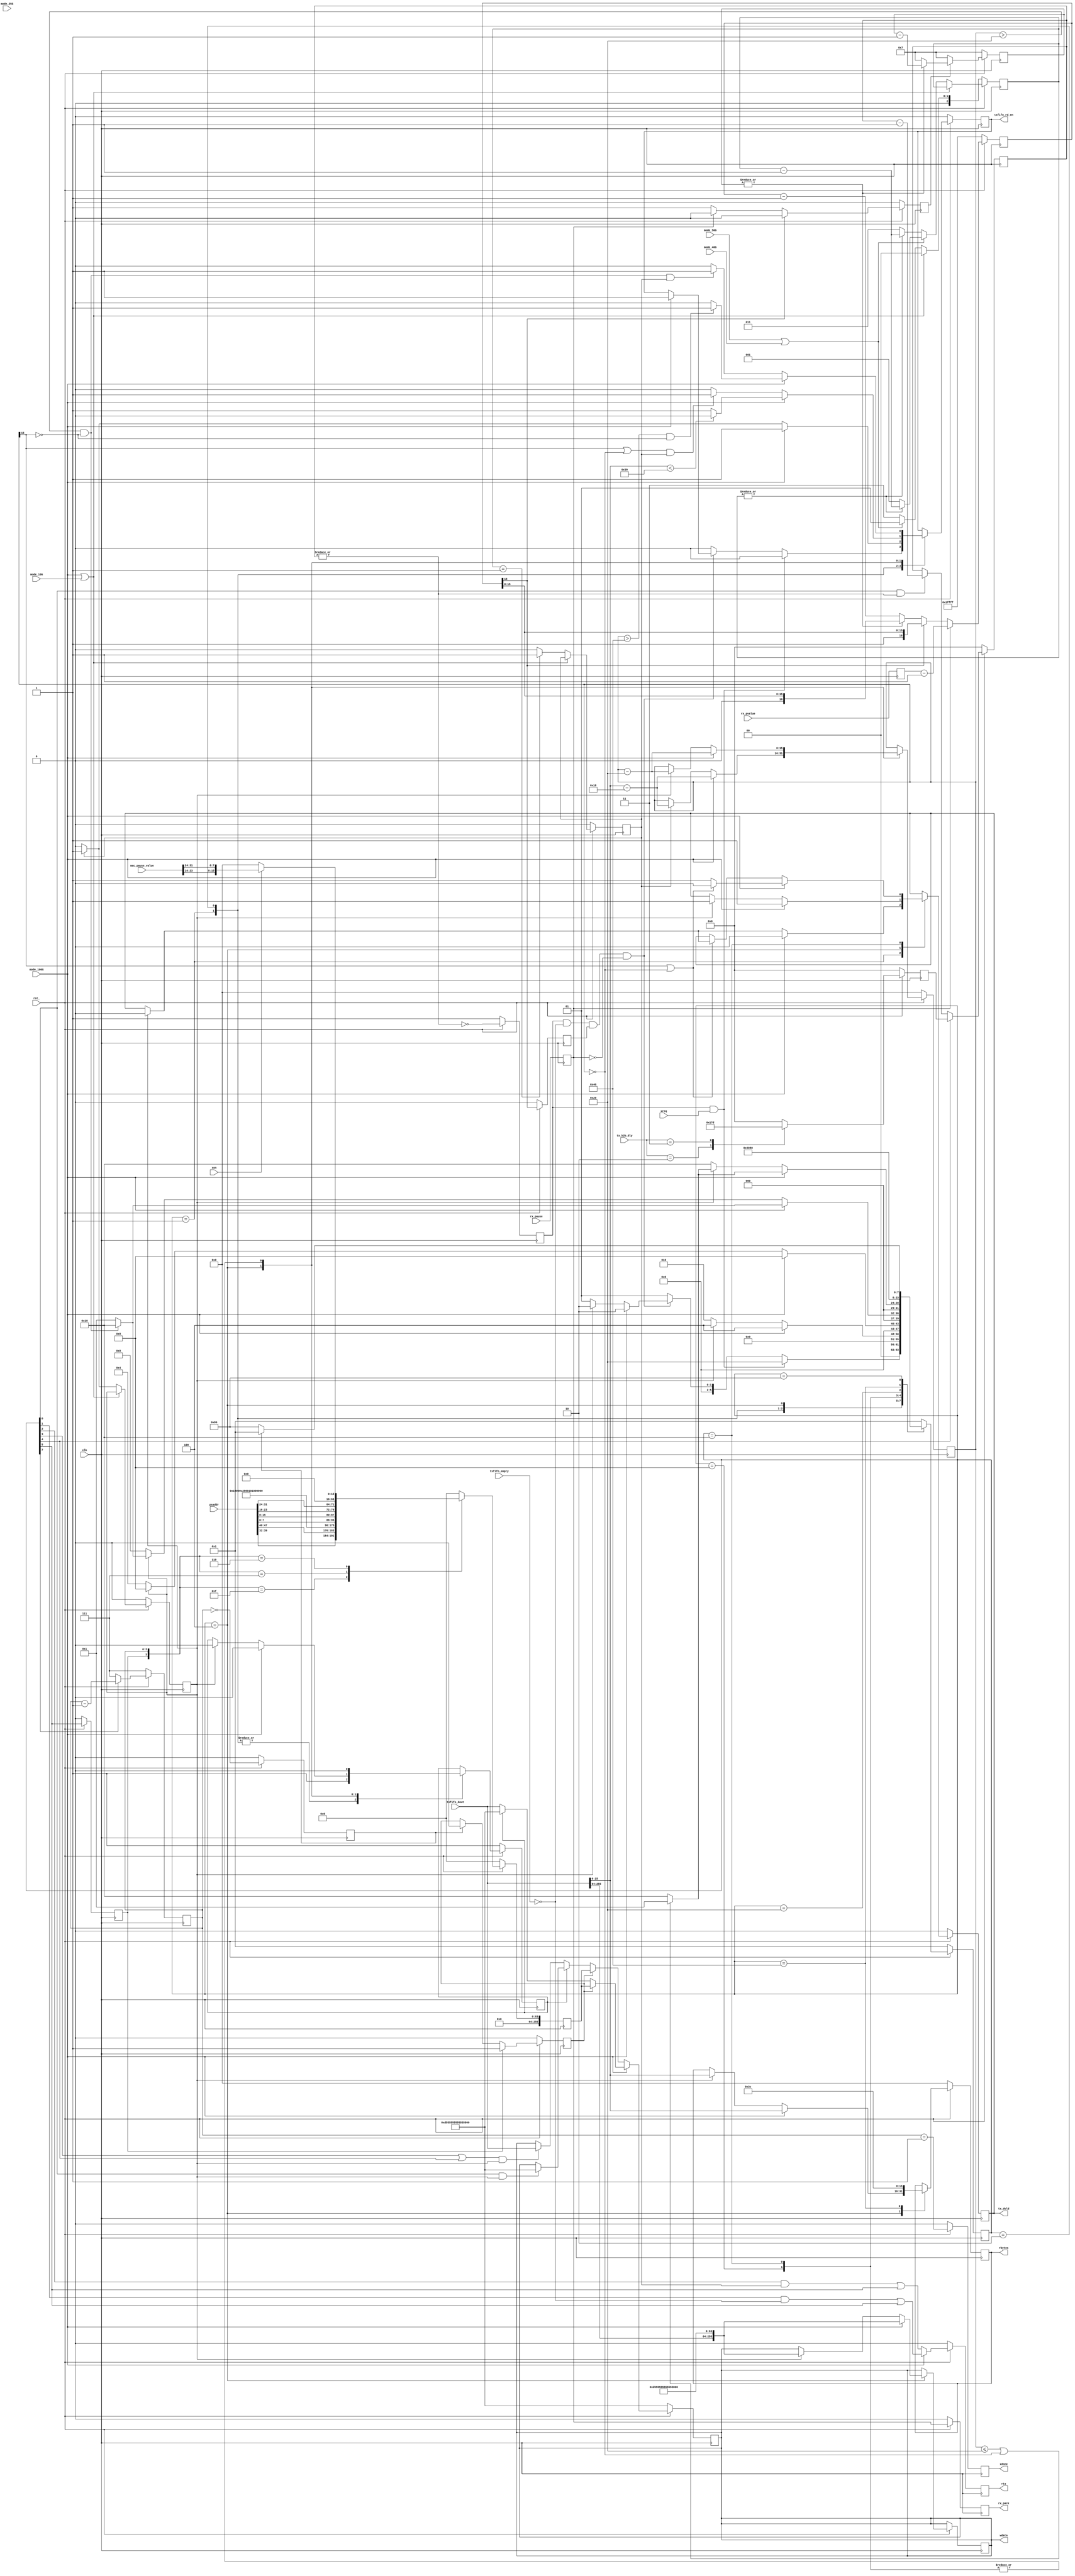
//****************************************************************
// December 6, 2022
//
// Licensed to the Apache Software Foundation (ASF) under one
// or more contributor license agreements.  See the NOTICE file
// distributed with this work for additional information
// regarding copyright ownership.  The ASF licenses this file
// to you under the Apache License, Version 2.0 (the
// "License"); you may not use this file except in compliance
// with the License.  You may obtain a copy of the License at
//
//   http://www.apache.org/licenses/LICENSE-2.0
//
// Unless required by applicable law or agreed to in writing,
// software distributed under the License is distributed on an
// "AS IS" BASIS, WITHOUT WARRANTIES OR CONDITIONS OF ANY
// KIND, either express or implied.  See the License for the
// specific language governing permissions and limitations
// under the License.
//
// Date: N/A
// Project: LMAC 3
// Comments: N/A
//
//********************************
// File history:
//   N/A
//****************************************************************

// synopsys translate_off
`timescale 1ns/1ps
// synopsys translate_on

module tx_encap_100G(
	clk,				// i-1
	rst_,				// i-1

	mode_100G ,			// i-1, speed_modes
	mode_10G  ,			// i-1
	mode_50G,	    	// i-1
	mode_40G,       	// i-1
	mode_25G,	    	// i-1

	rts,				// o-1, Request to send data to tx_xgmii.
	wdata,				// o-256, Data_out
	rbytes,				// o-16, holds the data size in Bytes

	psaddr,			  	// i-48, pause source address, source mac address in the pause frame to transmit
	mac_pause_value,    // i-32, [31:16] = tx_pause_value,	[15:0] = rx_pause_value
	tx_b2b_dly,		    // i-2

	rx_pause,		   	// i-1
	rx_pvalue,		    // i-16
	rx_pack,		    // o-1

	txfifo_empty,		// indicates when the FIFO is empty
	txfifo_rd_en,		// read signal for FIFO
	txfifo_dout,		// i-256 bits from FIFO

	xreq,			   	// i-1, need to transmit a pause frame, pause value is determined by xon
	xon,			    // i-1, 1: use tx_pause value as in register , 0: use pause value of 0 to abort the previous pause
	xdone,              // o-1, pause frame has been transmitted
	tx_dvld			    // o-1

	);

    parameter WIDTH = 256;

    input [47:0] psaddr;		        // i-48, pause source address, source mac address in the pause frame to transmit
    input [31:0] mac_pause_value;       // i-32, [31:16] = tx_pause_value,	[15:0] = rx_pause_value
    input [1:0]	 tx_b2b_dly;            // i-2

    input txfifo_empty;           	    // indicates when the FIFO is empty
    output txfifo_rd_en;                // read signal for FIFO

    input [WIDTH - 1 :0] txfifo_dout;   //i-256 bits from FIFO

    input clk;     				        // i-1
    input rst_;                         // i-1

    input	mode_100G ;   		        // i-1, speed_modes
    input	mode_10G  ;                 // i-1
    input	mode_50G;                   // i-1
    input	mode_40G;                   // i-1
    input	mode_25G;                   // i-1

    output rts;                	        // o-1, Request to send data to tx_xgmii.
    output [WIDTH - 1:0] wdata;         // o-256, Data_out
    output [15:0] rbytes;               // o-16, holds the data size in Bytes

    input rx_pause;           	        // i-1
    input [15:0] rx_pvalue;             // i-16
    output rx_pack;                     // o-1
    output tx_dvld;                     // o-1

    input	xreq; 	      		        // i-1, need to transmit a pause frame, pause value is determined by xon
    input	xon;                        // i-1, 1: use tx_pause value as in register , 0: use pause value of 0 to abort the previous pause
    output	xdone;                      // o-1, pause frame has been transmitted

    reg txfifo_rd_en;
    reg [15:0] rbytes;
    reg rts;
    reg [WIDTH - 1:0] wdata;  	        // o-64 data output

    reg wsel;
    reg [16:0] ptimer;
    reg [3:0] p_reg_count;
    reg p_start;

    reg tx_rdy;					        // tell if there is no pause frame activating
    reg rx_pack;
    reg rx_pause_sync;
    reg [15:0] rx_pvalue_sync;

    reg [15:0] bytes_remain;	        // keeps track of total bytes remaining to transmit

    reg [2:0] counter;			        // used for different speed mode.
    reg pulse_0;
    reg pulse_1;


    parameter[7:0]
        IDLE		= 8'h01 ,
        READSIZE	= 8'h02 ,
        READ1		= 8'h04 ,
        MAC_HDR		= 8'h08 ,
        MAC_DAT     = 8'h10 ,
        P_REQ		= 8'h20 ,
        P_PREAM		= 8'h40 ,
        P_PKT		= 8'h80	;
    reg [7:0] state;

    wire st_idle;		assign	st_idle		=	state[0];
    wire st_readsize;	assign	st_readsize = 	state[1];
    wire st_read1;	    assign	st_read1    = 	state[2];
    wire st_mac_hdr;	assign	st_mac_hdr = 	state[3];
    wire st_mac_dat;	assign	st_mac_dat	=	state[4];
    wire st_p_req;		assign	st_p_req 	=	state[5];
    wire st_p_pkt;		assign 	st_p_pkt	=	state[7];

    reg tx_dvld;

    // Counter for tx_b2b_dly
    reg [5:0] b2b_cnt_val ;
    always @(posedge clk) begin
        if(!rst_) begin
            b2b_cnt_val <= 2'd0 ;
        end
        else begin
            case(tx_b2b_dly)
            2'b10 : b2b_cnt_val <= 6'd5  ;
            2'b11 : b2b_cnt_val <= 6'd61 ; 	  // 64x64 bit delay (design already has 2, count another 62 clks (61 to 0))
            default: b2b_cnt_val <= 6'd0 ;
            endcase
        end
    end

    reg [5:0] b2b_counter;
    reg		  b2b_ok;
    always @ (posedge clk) begin
        if (!rst_) begin
            b2b_counter	<=	6'd0;
            b2b_ok		<=	1'b1;
        end

        else begin
            b2b_counter <= (st_mac_dat)? b2b_cnt_val : ((st_idle & |b2b_counter)? (b2b_counter - 6'd1) : b2b_counter);
            b2b_ok		<=	!(|b2b_counter); // b2b_counter == 6'h0
        end
    end


    // PAUSE TX
    always @ (posedge clk) begin
        rx_pause_sync <=   rx_pause;
        rx_pvalue_sync<=   rx_pvalue;
    end

    always @ (posedge clk) begin
        if (!rst_) begin
            ptimer <=   17'h1ffff;
            p_reg_count <=   4'h7 ;
            p_start <=   0;
        end

        else begin
            ptimer    	<=   rx_pause_sync ? {rx_pvalue_sync - 17'h1} : (ptimer[16] ? ptimer : ((|p_reg_count)? ptimer: (ptimer - 17'h1)));
            p_start 	<=   ptimer[16]? 1'b0 : (rx_pause_sync? 1'b0 : 1'b1);
            p_reg_count <=   p_start? ((|p_reg_count)? (p_reg_count - 4'h1) : 4'h7) : 4'h7;
        end
    end


    // Transmit Pause
    reg [WIDTH - 1:0] 	p_data;
    reg	[2:0]	p_cnt;
    reg			p_1;
    reg			p_done;
    reg			p_send;
    reg			xdone;

    always @ (posedge clk) begin
        if (!rst_) begin
            p_data 	<= 256'h0;
            p_cnt 	<= 3'd7;
            p_1 	<= 1'b0;
            p_done 	<= 1'b0;
            p_send 	<= 1'b0;
            xdone  	<= 1'h0;
        end

        else begin
            p_cnt 	<= st_p_pkt? (p_cnt - 3'd1) : 3'd7;
            p_1 	<= st_p_req;
            p_done 	<= p_cnt == 3'h0;
            p_send 	<= p_1? 1'b1 : (p_done? 1'b0 : p_send);
            xdone  	<= p_cnt == 3'h1;

            case ({p_1, p_cnt})
            4'b1111: p_data <= {psaddr[39:32], psaddr[47:40], 48'h0100_00c2_8001};
            4'b0111: p_data <= {32'h0100_0888, psaddr[7:0], psaddr[15:8], psaddr[23:16], psaddr[31:24]};
            4'b0110: p_data <= xon? {48'h0, mac_pause_value[23:16], mac_pause_value[31:24]}: 64'h0;
            default: p_data <= 64'h0;
            endcase
        end
    end


    // PAUSE TX
    always@(posedge clk) begin

        if(!rst_)
            wdata <= 256'h0000000000000000_0000000000000000_0000000000000000_d5555555555555FB;

        else
            wdata	<=	 mode_100G? (p_send? p_data : (wsel? 256'h0000000000000000_0000000000000000_0000000000000000_d5555555555555FB : txfifo_dout)) :
                        (p_send? p_data :
                        (wsel? ((st_idle & pulse_0)? 256'h0000000000000000_0000000000000000_0000000000000000_d5555555555555FB : wdata) : (( (st_mac_hdr | st_mac_dat) & pulse_0)? txfifo_dout : wdata)));

    end

    // STATE MACHINE

    always@(posedge clk)
        if(!rst_) begin
            state 	<=  IDLE;
            rbytes 	<=  16'h0;
            wsel   	<=  1'b1;
            rx_pack	<=  1'b0;
            tx_rdy 	<=  1'b0;
            tx_dvld <= 	1'b0;
            bytes_remain <=   16'h0;
            txfifo_rd_en <=   1'b0;
            rts <= 1'b0;
            // different values for different speed modes.
            counter <= (mode_100G | mode_10G)? 3'd0 :
                    (mode_50G | mode_40G)? 3'd1 : 3'd3;

            pulse_0 <= 1'b0;
            pulse_1 <= 1'b0;
        end
        else begin
            tx_rdy    <=   ptimer[16];
            rx_pack   <=   rx_pause_sync;
            rts		  <=   mode_100G? ((st_readsize & !txfifo_empty) | st_p_req) :
                        ((st_read1 & pulse_1)  | st_p_req);

            // counter for different speed modes
            counter <=  (mode_100G | mode_10G)? counter :
                        ((mode_50G | mode_40G)? ((|counter)? counter - 3'd1 : 3'd1) :
                    ((|counter)? counter - 3'd1 : 3'd3));


            pulse_0 <= (mode_100G | mode_10G)? pulse_0 :
                    ((pulse_1)? 1'b1 : 1'b0);
            pulse_1 <= (mode_100G | mode_10G)? pulse_1 :
                    ((counter == 3'd1)? 1'b1 : 1'b0);

            case(state)

            IDLE:
            begin
                wsel  <= 1'b1;

                tx_dvld 		<=    	mode_100G?	1'b0	:
                                            pulse_0?	1'b0	:
                                            tx_dvld;

                if (b2b_ok && xreq)
                begin
                    state 		 <= P_REQ;
                    txfifo_rd_en <= 1'b0;
                end

                else if (b2b_ok && !txfifo_empty && tx_rdy && !rx_pause_sync)
                begin
                    state 		 <= mode_100G? READSIZE :
                                    (pulse_0? READSIZE : IDLE);
                    txfifo_rd_en <= mode_100G? 1'b1 : txfifo_rd_en;

                end

                else
                begin
                    state 		 <= IDLE;
                    txfifo_rd_en <= 1'b0;
                end
            end

            READSIZE:
            begin
                wsel  			<= 	 1'b1;
                txfifo_rd_en 	<=   mode_100G? 1'b1 :
                                    (pulse_1? 1'b1 : 1'b0);
                state 			<=  mode_100G? READ1 :
                                    (pulse_0? READ1 : READSIZE);

            end
            // read the size of data in bytes, calculate byte remaining.
            READ1:
            begin

                state 			<=   mode_100G? MAC_HDR :
                                    (pulse_0? MAC_HDR : READ1);
                rbytes 			<=   mode_100G? txfifo_dout[15:0] :
                                    (pulse_0? txfifo_dout[15:0] : rbytes);
                bytes_remain 	<=  mode_100G? txfifo_dout[15:0]-16'd24 :
                                    (pulse_1? txfifo_dout[15:0]- 16'd24 : bytes_remain);
                txfifo_rd_en 	<=  mode_100G? (txfifo_dout[15:0] < 57) ? 1'b0 : 1'b1 :
                                (((bytes_remain[15] | bytes_remain == 0) && pulse_1)? 1'b1 : 1'b0);


                wsel 			<= 	 mode_100G? 1'b0 :
                                    (pulse_0? 1'b0 : wsel);
                wdata 			<= 	mode_100G	?	{txfifo_dout [255:64] , 64'hd5555555555555fb} :
                                    pulse_0	?	{txfifo_dout [255:64] , 64'hd5555555555555fb} : wdata	;
                tx_dvld 		<= 	mode_100G? 1'b1 :
                                    (pulse_0? 1'b1 : tx_dvld);

            end

            MAC_HDR:
            begin
                wsel  			<=   1'b0;
                state 			<=   mode_100G ? (bytes_remain > 32 && !bytes_remain[15]) ?  MAC_DAT : IDLE :
                                    (pulse_0? (bytes_remain > 32 && !bytes_remain[15]) ?  MAC_DAT : IDLE : MAC_HDR);

                bytes_remain 	<=   mode_100G? bytes_remain - 16'd32 :
                                    (pulse_0? bytes_remain - 16'd32 : bytes_remain);
                txfifo_rd_en 	<=   mode_100G? ((bytes_remain > 64 && !bytes_remain[15])? 1'b1 : 1'b0) :
                                    ((bytes_remain > 32 && !bytes_remain[15] && pulse_1)? 1'b1 : 1'b0);

            end

            MAC_DAT:
            begin
                wsel <= 1'b0;

                state 			<=   	mode_100G? (!(bytes_remain <= 8'd32 || bytes_remain == 0) ? MAC_DAT : IDLE) :
                                        pulse_0 ?(!(bytes_remain <= 8'd32 || bytes_remain == 0) ? MAC_DAT : IDLE): MAC_DAT;

                bytes_remain 	<=   	mode_100G? bytes_remain - 16'd32 :
                                        (pulse_0? bytes_remain - 16'd32 : bytes_remain);

                tx_dvld 		<=    	mode_100G? ((bytes_remain[15] || bytes_remain == 0)? 1'b0: 1'b1) :
                                        ((bytes_remain[15] || bytes_remain == 0)? ((pulse_0)? 1'b0: tx_dvld) : tx_dvld);

                txfifo_rd_en 	<=   	mode_100G? ((bytes_remain > 64 && !bytes_remain[15])? 1'b1 : 1'b0) :
                                        ((bytes_remain > 32 && !bytes_remain[15] && pulse_1)? 1'b1 : 1'b0);

            end

            P_REQ:
            begin
                state <= P_PREAM;
            end

            P_PREAM:
            begin
                state <= P_PKT;
                rbytes <= 16'd60;
            end

            P_PKT:
            begin
                state <= p_done? IDLE : P_PKT;
            end

            default:
            begin
                state <=   IDLE;

            end
            endcase

        end


    //synopsys translate_off
    reg [(8*32)-1:0] ascii_state;

    always@(state) begin
        case(state)
            IDLE: 		ascii_state = "IDLE";
            READSIZE: 	ascii_state = "READSIZE";
            READ1: 		ascii_state = "READ1";
            MAC_HDR: 	ascii_state = "MAC_HDR";
            MAC_DAT: 	ascii_state = "MAC_DAT";
            P_REQ:	    ascii_state = "P_REQ";
            P_PREAM:	ascii_state = "P_PREAM";
            P_PKT:	    ascii_state = "P_PKT";
            default: 	ascii_state = "unknown";
        endcase
    end
    //synopsys translate_on

endmodule